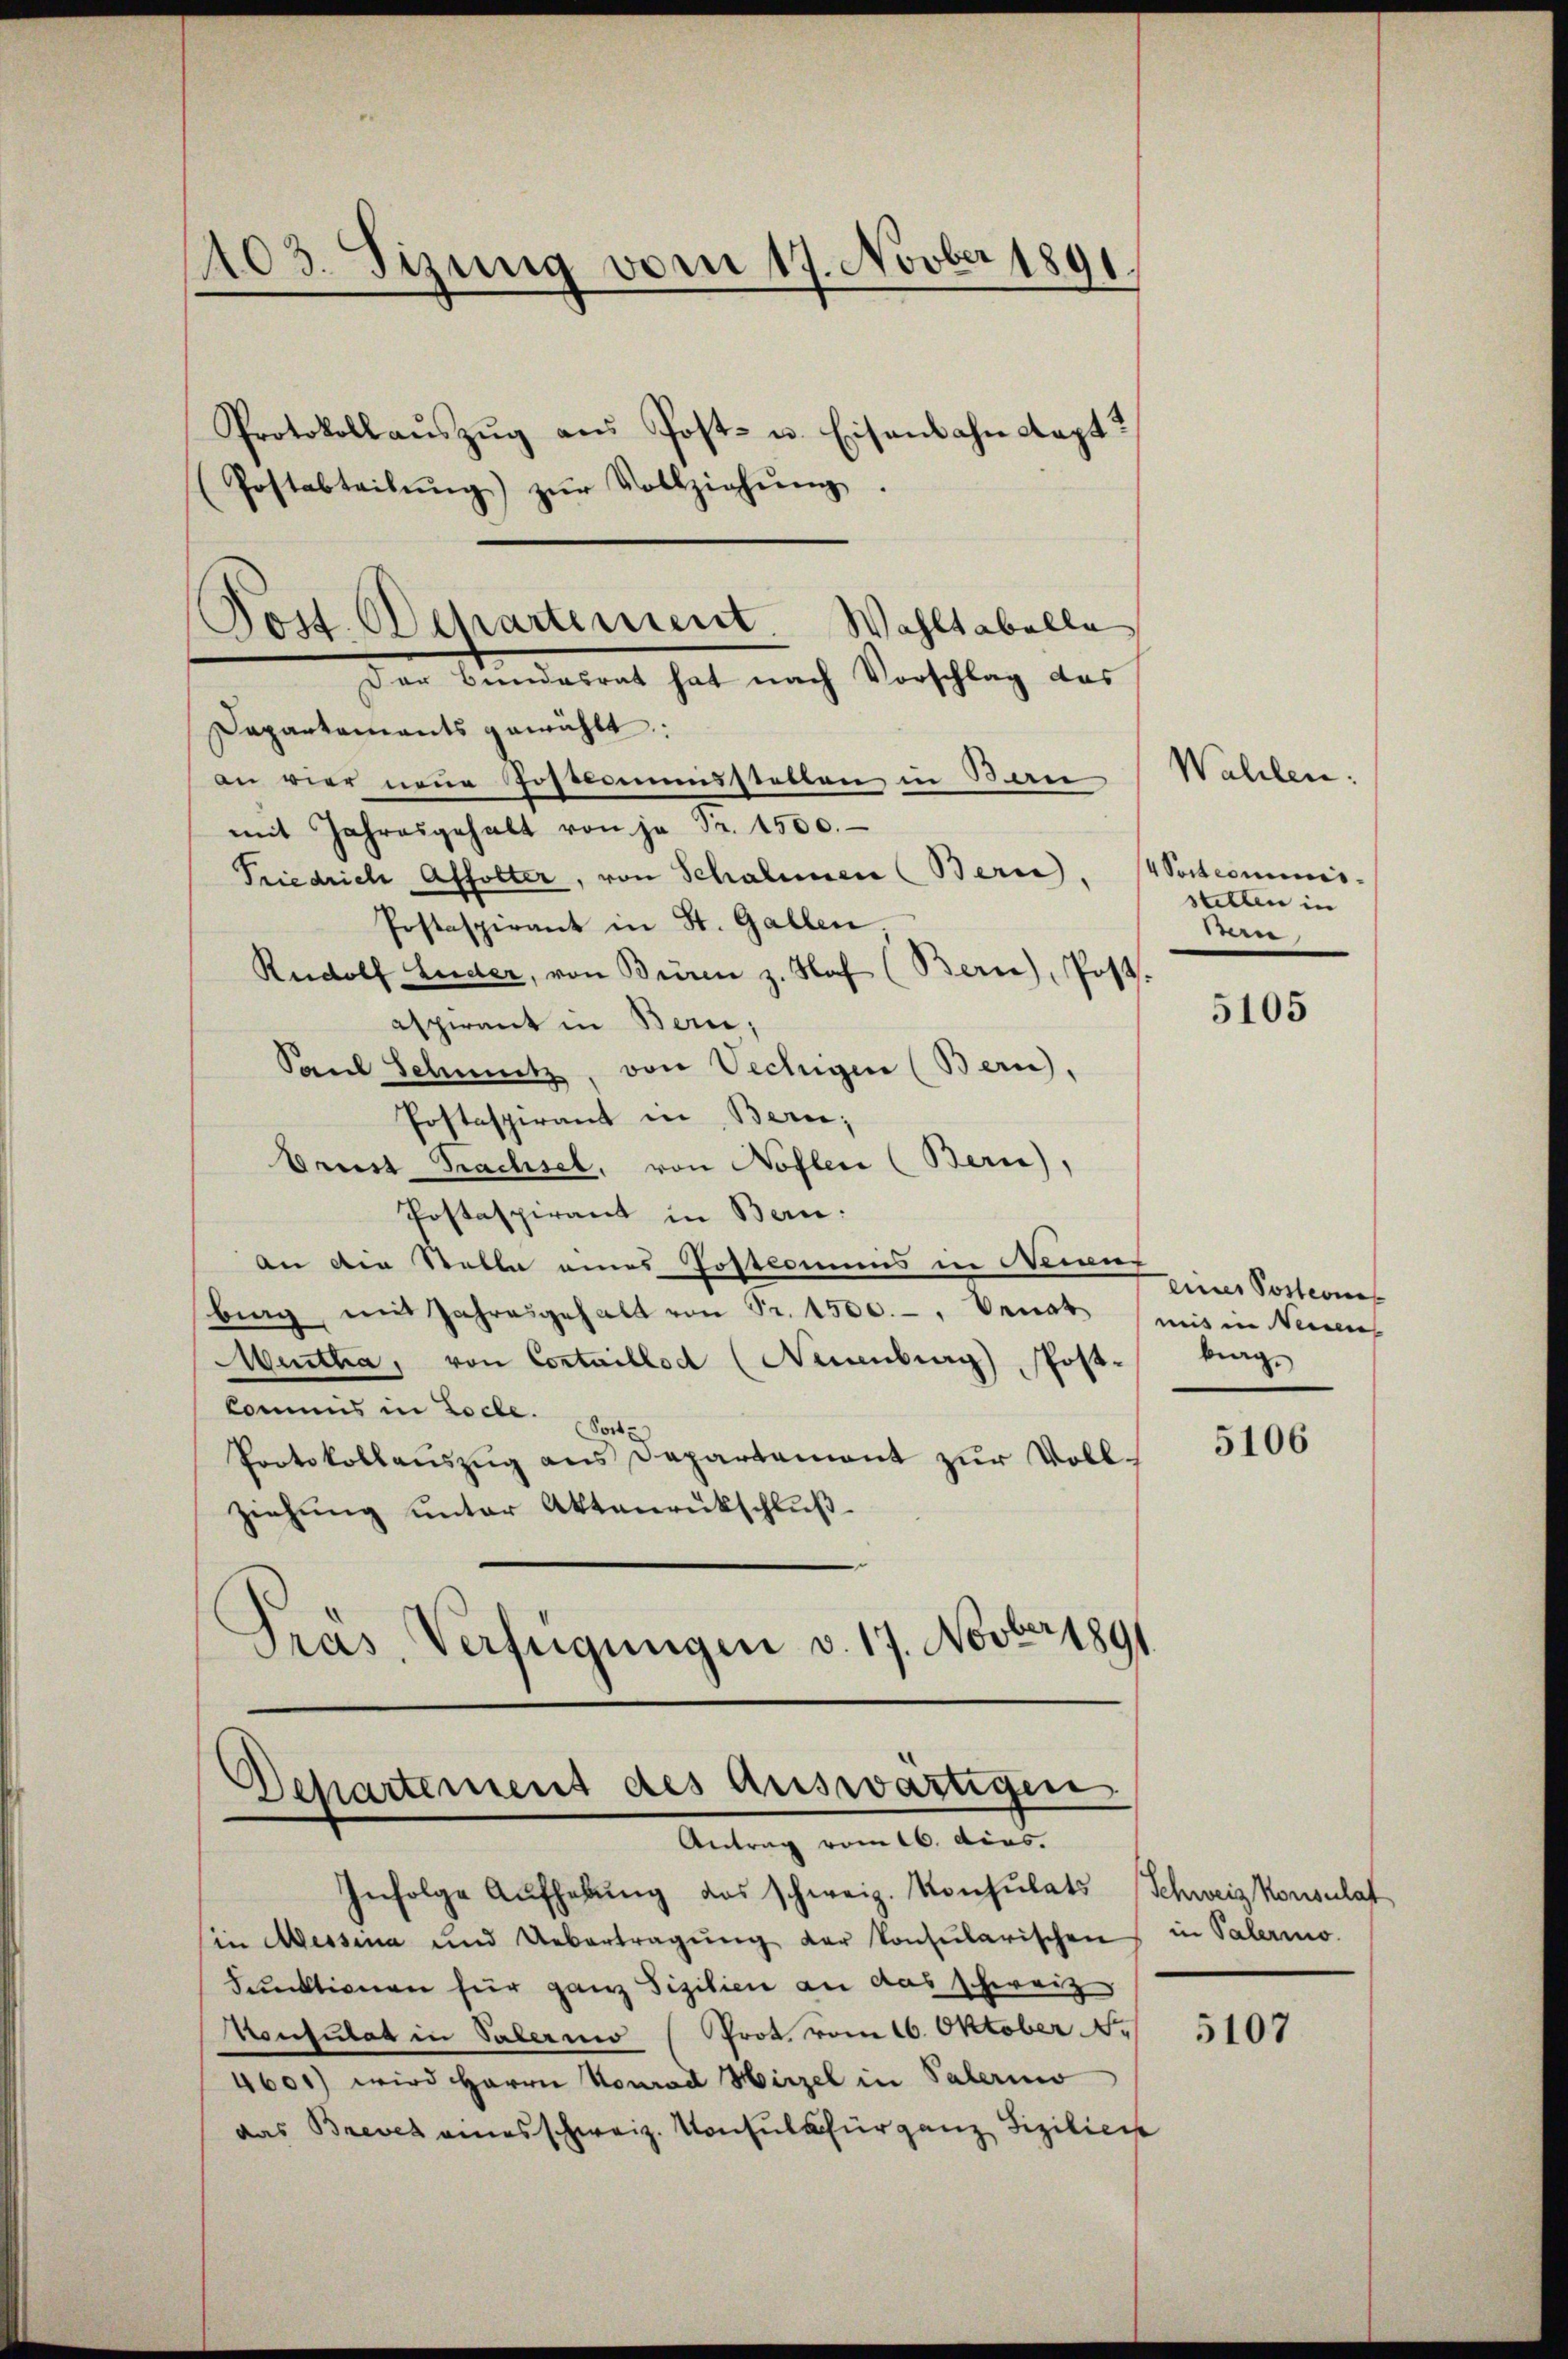
1403. Sizung vom 17. Novber 1891.
“

Protokoll aŭszŭg aŭs Post- u. Eisenbahn Kapt
Postabteilŭng zŭr Vollziehŭng.
Wahltabella
Dapartaments gewählt:
an vier neue Postdistetten in Sani
mit Jahresgehalt von je Fr. 1500.
Friedrich Affolter, von Schalenen (Bern,
Postaspirant in St. Gallen
Rudolf Luder, von Büren z. Haf (Bern), Post-
aspirant in Bern,
Saul Schmutz, von Vechigen (Bern),
Postaspirant in Bern;
brust Trachsel, von Nohlen (Bern),
Postaspirant in Bern:
An die Stelle eines Postkammes in Neiauf
bing mit Jahresgehalt von Fr. 1500.-, Benat (mit in Neinen
Mentha, von Contaillod (Neuenburg), Post-
kommis in Loche. Seite
Protokollaŭszŭg ans Departamant zur Vollziehung unter Aktenrückschluß
.
Pras, Verfügungen v. 17. Novber 1891

Post. Departement
Der Bundesrat hat nach Vorschlag des

Departement des auswärtigen
Antrag vom 16. dies.

Wahlen:
4 Settcominisstellen in
Ban.

Infolge Aŭfhebŭng des schweiz. Konsulats Schweiz konsulat
Ein Messina und Uebertragŭng der konsularischen
Funktionen für ganz Fizilien an das schweiz
Konsulat in Palermo (Prot. vom 16. Oktober No
4601) wird Herrn Konrad Hirzel in Palerino
das Brevet ausschweiz. Konsul für ganz Fizilien

5105

einer Posternes
krag

5106

in Palermo

5107